system: You are a helpful assistant.
user:
Analyze the provided spectrum to determine if it is a **White Dwarf (WD)**.

A White Dwarf spectrum is defined by its **extreme purity** (due to gravitational settling) and/or **extreme pressure broadening** (due to high surface gravity). You must check for one of the following mutually exclusive signatures:

- **Key Visual Indicators (Check for ONE of these types):**

    - **1. DA-Type Signature (Most Common):**
        - **(Primary Feature):** Extreme pressure broadening (Stark broadening) of the **Hydrogen (H) Balmer lines**.
        - **(Key Lines):** $H\beta$ (approx. $4861$ Å) and $H\gamma$ (approx. $4340$ Å). $H\alpha$ (approx. $6563$ Å) will also be present if the wavelength range covers it.
        - **(Line Profile):** This is the **defining feature**. The lines are **NOT** sharp. They appear as massive, **extremely broad and deep "troughs" or "dips"** in the spectrum, often hundreds of Ångströms wide. The continuum will appear to "scoop" down at these wavelengths.
        - **(Distinction):** Normal A-type or B-type stars have *narrow* and *sharp* Hydrogen lines. A DA White Dwarf's lines are unmistakably "smeared" or "blurry" from pressure.

    - **2. DB-Type Signature:**
        - **(Primary Feature):** Broad absorption lines from **Neutral Helium (He I)**. The spectrum must lack any visible Hydrogen lines.
        - **(Key Lines):** Look for broad absorption near $4471$ Å, $4921$ Å, and $5876$ Å.
        - **(Line Profile):** These lines are also significantly pressure-broadened, appearing much wider than they would in a normal B-type main-sequence star.

    - **3. DC-Type Signature:**
        - **(Primary Feature):** A **featureless continuous spectrum**.
        - **(Line Profile):** The spectrum is a smooth curve with **no significant absorption or emission lines**.
        - **(Key Confirmation):** The continuum is almost always **blue or white**, indicating a hot object. This signature implies the atmosphere is so pure (or so cool) that no spectral lines are visible in the optical range. Its WD identity is confirmed by its extremely low intrinsic brightness (high absolute magnitude).

    - **4. DZ-Type Signature (Metal-Polluted):**
        - **(Primary Feature):** **Isolated, narrow metal absorption lines** on an otherwise featureless (DC-like) continuum.
        - **(Key Lines):** The **Calcium (Ca II) H & K doublet** (approx. **$3934$ Å** and **$3968$ Å**) is the most common and defining feature.
        - **(Line Profile):** These lines are "out of place." They are *not* part of a "forest" of thousands of lines. This signature is evidence of recent *accretion* (pollution) from rocky debris.
        - **(Distinction):** Normal G/K/M stars have a *dense forest* of thousands of metal lines. A DZ has a *clean* continuum with *only a few* strong metal lines.

    - **5. DQ-Type Signature (Carbon-Polluted):**
        - **(Primary Feature):** Absorption bands from **Carbon (C₂ "Swan Bands" or atomic C I)**.
        - **(Key Lines - C₂):** Look for bandheads with a "saw-tooth" shape near $5635$ Å, **$5165$ Å** (strongest), and $4737$ Å.
        - **(Key Confirmation):** The underlying **continuum must be blue or white** (hot).
        - **(Distinction):** This is the critical difference from a **Carbon Star**, which has the *exact same* C₂ bands but on an extremely **red, cool** continuum.

- **(Overall Spectrum):**
    - The continuum (overall shape) is typically **blue-sloping** (brighter in the blue than the red), as most white dwarfs are very hot.
    - The spectrum will look "pure" or "simple," dominated by only *one* of the five signatures listed above.

Think first, call **spectral_visualization_tool** if needed to examine features in detail, then provide your final answer. Your response must adhere to the following strict rules:
1.  **Overall Structure:** Your response must follow the format `<think>...</think> <tool_call>...</tool_call> (if a tool is used) <answer>...</answer>`.
2.  **Tool Usage Constraint:** You may only make **one** tool call per turn.
3.  **Final Answer Format:** In the `<answer>` tag, your conclusion must be inside a `\boxed{}` command (e.g., `\boxed{YES}` or `\boxed{NO}`), followed by your justification.

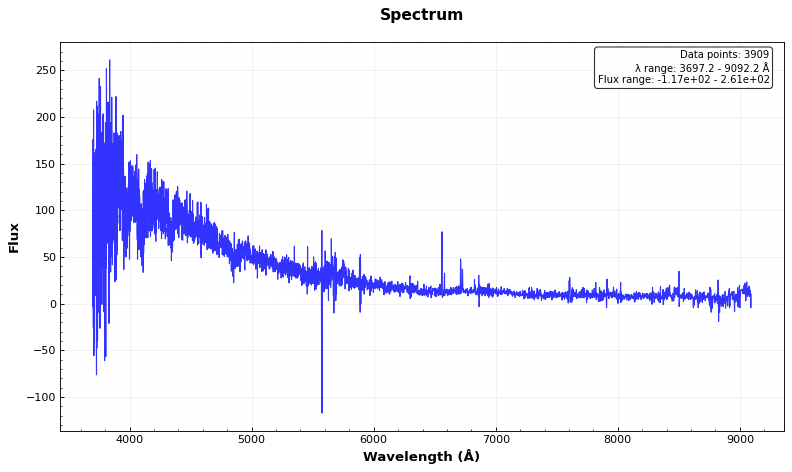
Answer: YES